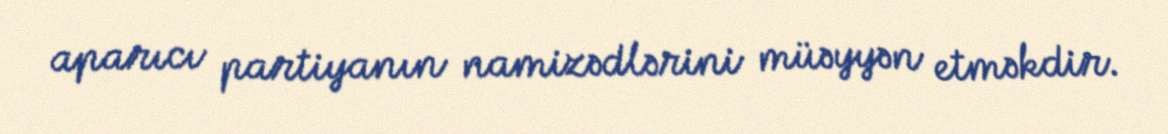
aparıcı partiyanın namizədlərini müəyyən etməkdir.